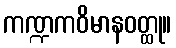
ကဏ္ဍကဝိမာနဝတ္ထု။